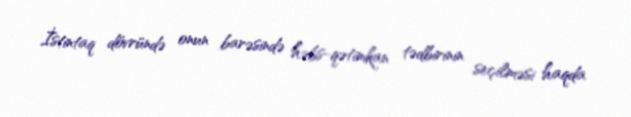
İstintaq dövründə onun barəsində həbs-qətimkan tədbirinin seçilməsi haqda